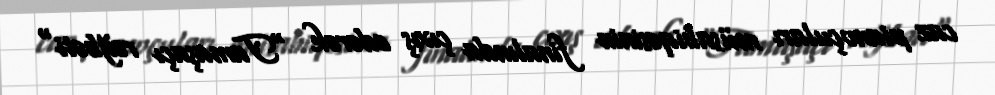
caz pianoçuları müsabiqəsinin finalında çıxış edərək "Tamaşaçı rəğbəti"